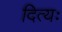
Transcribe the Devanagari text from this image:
दित्यः